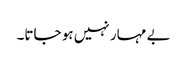
بے مہار نہیں ہو جاتا۔